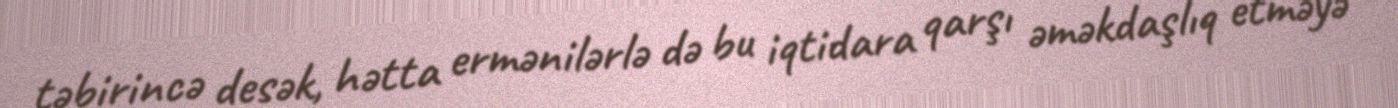
təbirincə desək, hətta ermənilərlə də bu iqtidara qarşı əməkdaşlıq etməyə